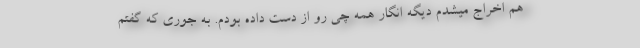
هم اخراج میشدم دیگه انگار همه چی رو از دست داده بودم. به جوری که گفتم